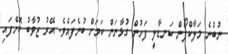
ނުބުނެ މަލާކްފޯން ކަނޑާލީ ފަހުން ގުޅާނަން ކަމަށް ބުނެފައެވެ. އޭރު ޒުވާބު ކޮށްފައި